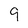
Character: 9